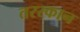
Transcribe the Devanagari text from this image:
तरस्कान